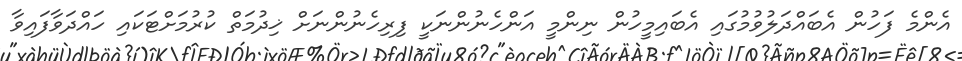
އެންމެ ފަހުން އެބައްދަލުވުމުގައި އެބައިމީހުން ނިންމީ އަންހެނުންނަކީ ފިރިހެނުންނަށް ޚިދުމަތް ކުރުމަށްޓަކައި ހައްދަވާފައިވާ